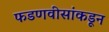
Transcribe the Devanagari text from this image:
फडणवीसांकडून